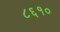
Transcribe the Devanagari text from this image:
८६१०